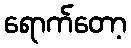
ရောက်တော့